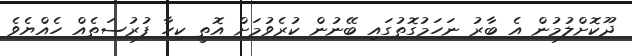
ދޫކޮށްލުމުން އެ ބާރު ނަހަމުގޮތުގައި ބޭނުން ކުރެވުމަށް އޮތީ ކިހާ ފުރުސަތެއް ހެއްޔެވެ